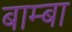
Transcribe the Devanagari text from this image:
बाम्बा